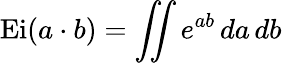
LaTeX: \operatorname{Ei}(a\cdot b)=\iint e^{ab}\, da\, db